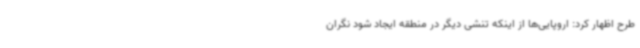
طرح اظهار کرد: اروپایی‌ها از اینکه تنشی دیگر در منطقه ایجاد شود نگران